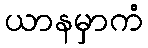
ယာနမှာကံ